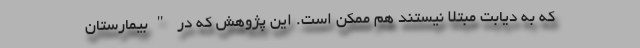
که به دیابت مبتلا نیستند هم ممکن است. این پژوهش که در "بیمارستان